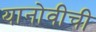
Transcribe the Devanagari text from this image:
यानोवीची